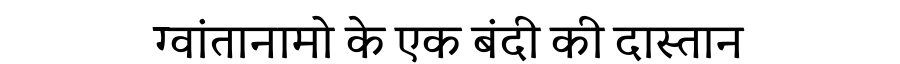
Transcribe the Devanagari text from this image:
ग्वांतानामो के एक बंदी की दास्तान